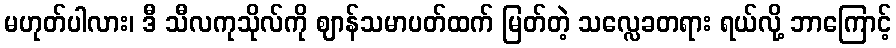
မဟုတ်ပါလား၊ ဒီ သီလကုသိုလ်ကို ဈာန်သမာပတ်ထက် မြတ်တဲ့ သလ္လေခတရား ရယ်လို့ ဘာကြောင့်